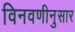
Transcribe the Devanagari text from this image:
विनवणीनुसार